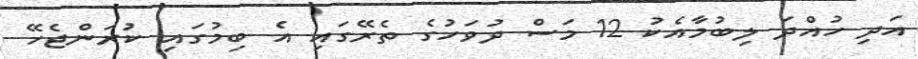
އަދި ހުއްދަ ލިބުމާއެކު 12 މަސް ދުވަހުގެ ތެރޭގައި އެ ބިމުގައި ކުރަންޖެހޭ